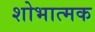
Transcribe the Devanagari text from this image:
शोभात्मक